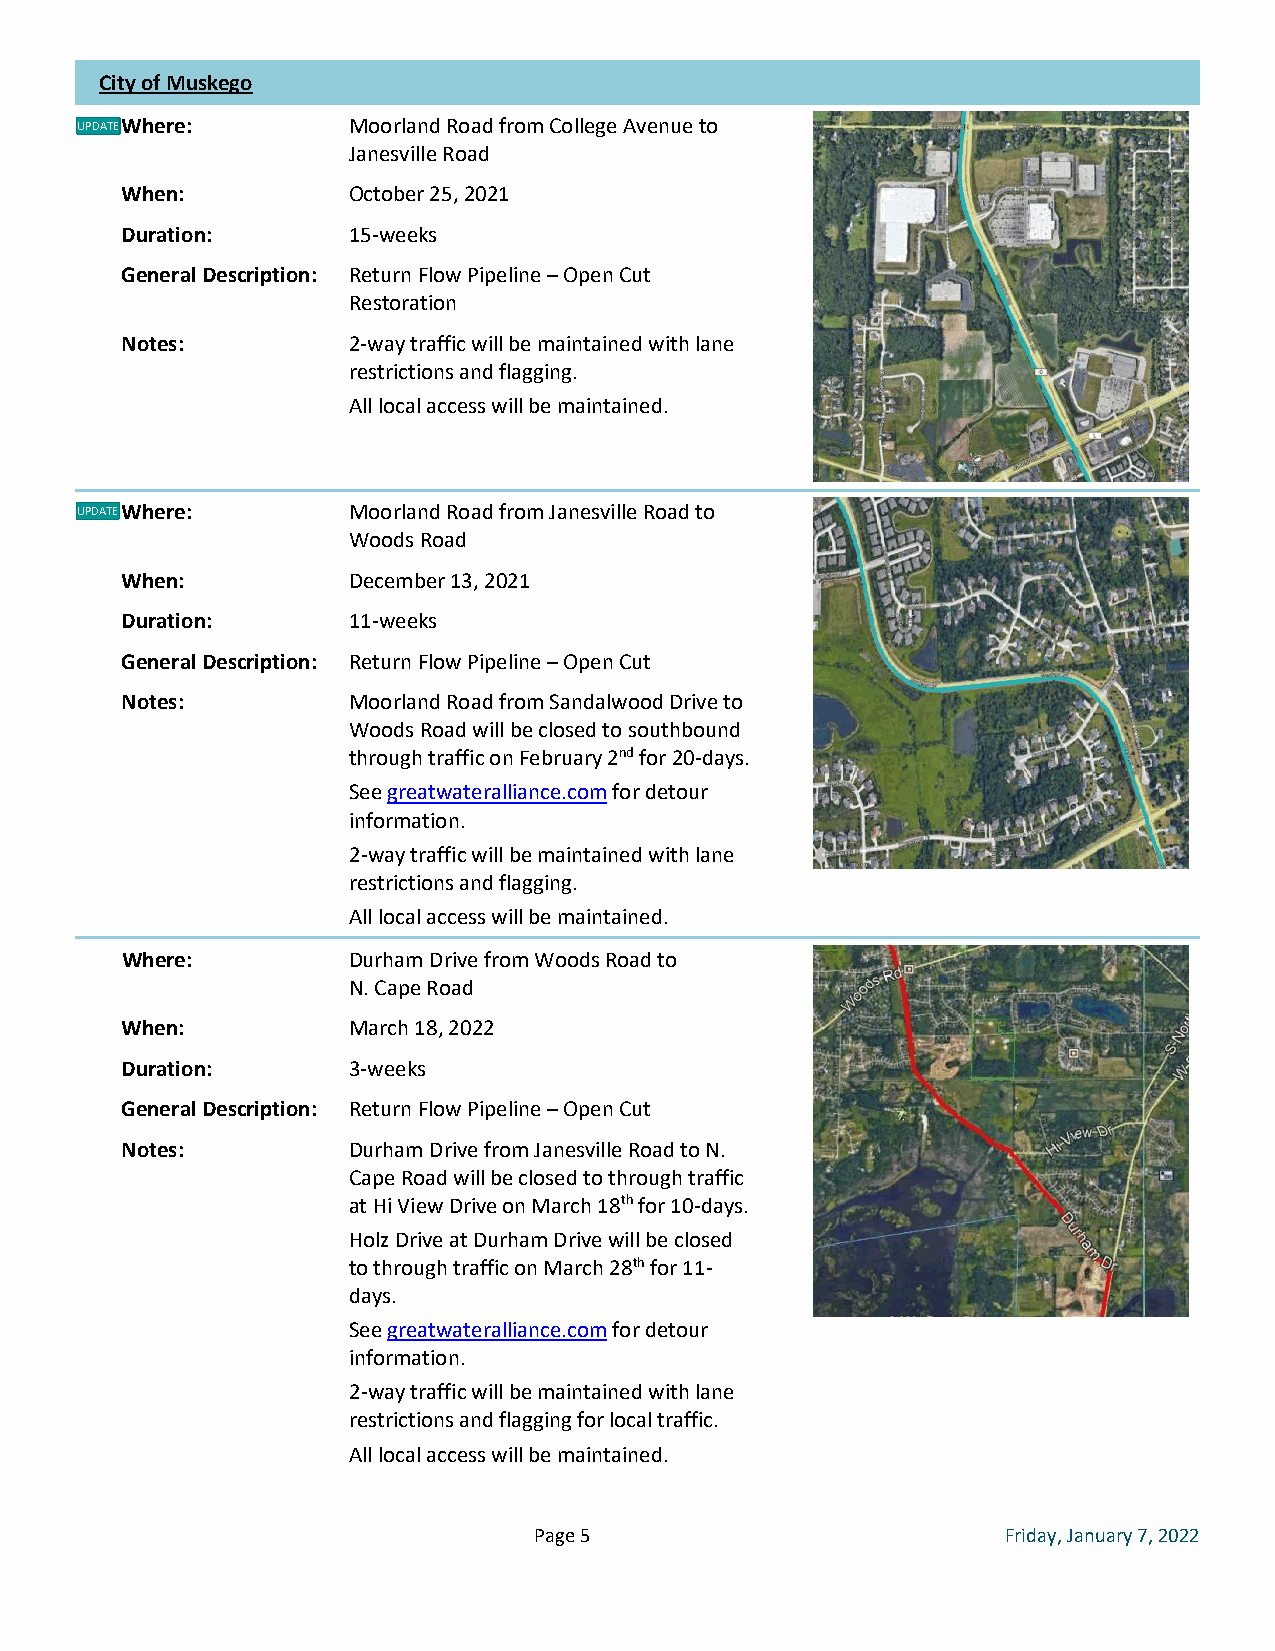
City of Muskego
 UPDATEWhere:      Moorland Road from College Avenue to
 D
 Janesville Road
 When:          October 25, 2021
 Duration:      15-weeks
 General Description: Return Flow Pipeline – Open Cut
 Restoration
 Notes:         2-way traffic will be maintained with lane
 restrictions and flagging.
 All local access will be maintained.
 UPDATEWhere:      Moorland Road from Janesville Road to
 D
 Woods Road
 When:          December 13, 2021
 Duration:      11-weeks
 General Description: Return Flow Pipeline – Open Cut
 Notes:         Moorland Road from Sandalwood Drive to
 Woods Road will be closed to southbound
 through traffic on February 2nd for 20-days.
 See greatwateralliance.com for detour
 information.
 2-way traffic will be maintained with lane
 restrictions and flagging.
 All local access will be maintained.
 Where:         Durham Drive from Woods Road to
 N. Cape Road
 When:          March 18, 2022
 Duration:      3-weeks
 General Description: Return Flow Pipeline – Open Cut
 Notes:         Durham Drive from Janesville Road to N.
 Cape Road will be closed to through traffic
 at Hi View Drive on March 18th for 10-days.
 Holz Drive at Durham Drive will be closed
 to through traffic on March 28th for 11-
 days.
 See greatwateralliance.com for detour
 information.
 2-way traffic will be maintained with lane
 restrictions and flagging for local traffic.
 All local access will be maintained.
 Page 5                          Friday, January 7, 2022